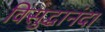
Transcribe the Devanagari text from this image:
विसुद्धानंदा